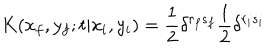
LaTeX: K ( x _ { f } , y _ { f } ; t | x _ { i } , y _ { i } ) = \frac { 1 } { 2 } \delta ^ { r _ { f } s _ { f } } \frac { 1 } { 2 } \delta ^ { r _ { i } s _ { i } }